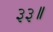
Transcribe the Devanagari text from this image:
३३॥